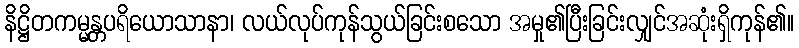
နိဋ္ဌိတကမ္မန္တပရိယောသာနာ၊ လယ်လုပ်ကုန်သွယ်ခြင်းစသော အမှု၏ပြီးခြင်းလျှင်အဆုံးရှိကုန်၏။